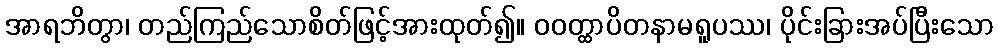
အာရဘိတွာ၊ တည်ကြည်သောစိတ်ဖြင့်အားထုတ်၍။ ဝဝတ္ထာပိတနာမရူပဿ၊ ပိုင်းခြားအပ်ပြီးသော